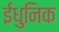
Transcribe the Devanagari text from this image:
ईधुनिक